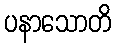
ပနာသောတိ